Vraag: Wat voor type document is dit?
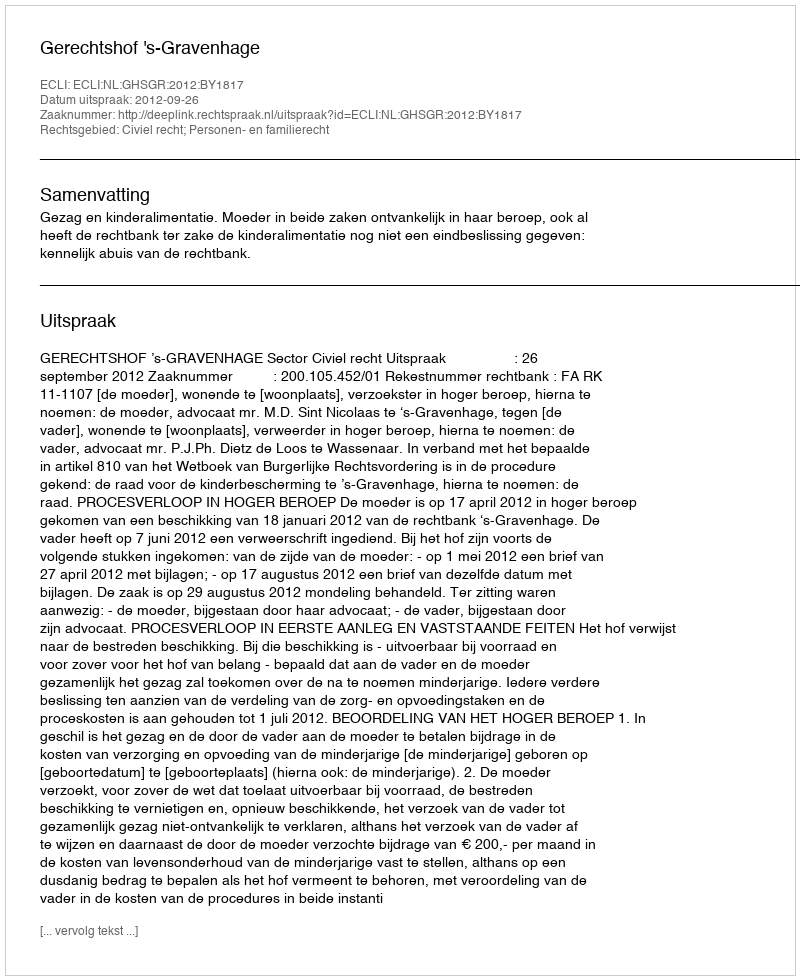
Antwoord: Uitspraak